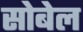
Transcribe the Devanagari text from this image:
सोबेल